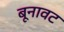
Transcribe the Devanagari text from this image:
बूनावट